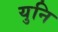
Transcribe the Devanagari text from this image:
युनि